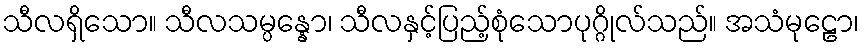
သီလရှိသော။ သီလသမ္ပန္နော၊ သီလနှင့်ပြည့်စုံသောပုဂ္ဂိုလ်သည်။ အသံမုဠော၊